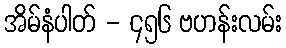
အိမ်နံပါတ် - ၄၅၆ ဗဟန်းလမ်း